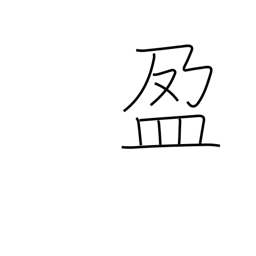
Meaning: fullness